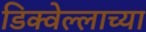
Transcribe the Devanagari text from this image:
डिक्वेल्लाच्या